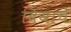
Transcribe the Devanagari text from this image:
बियाचे